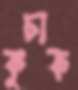
কুচাক